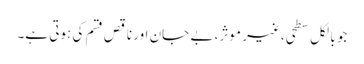
جو بالکل سطحی، غیر موثر، بے جان اور ناقص قسم کی ہوتی ہے۔